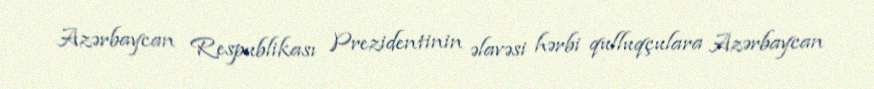
Azərbaycan Respublikası Prezidentinin əlavəsi hərbi qulluqçulara Azərbaycan